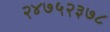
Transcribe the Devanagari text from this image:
२४७५२३७८